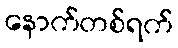
နောက်တစ်ရက်